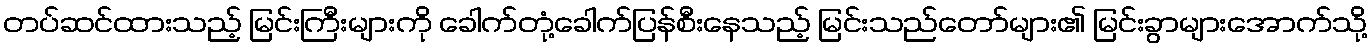
တပ်ဆင်ထားသည့် မြင်းကြီးများကို ခေါက်တုံ့ခေါက်ပြန်စီးနေသည့် မြင်းသည်တော်များ၏ မြင်းခွာများအောက်သို့